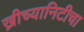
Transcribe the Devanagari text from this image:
ख्रीच्यानिटीचा